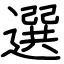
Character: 選